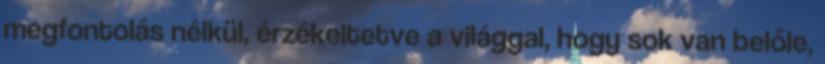
megfontolás nélkül, érzékeltetve a világgal, hogy sok van belőle,